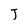
Character: J